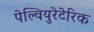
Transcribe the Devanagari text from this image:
पेल्वियुरेटेरिक